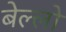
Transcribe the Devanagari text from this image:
बेल्लो